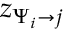
z _ { \Psi _ { i } \to j }